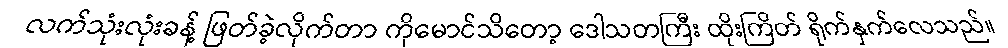
လက်သုံးလုံးခန့် ဖြတ်ခဲ့လိုက်တာ ကိုမောင်သိတော့ ဒေါသတကြီး ထိုးကြိတ် ရိုက်နှက်လေသည်။